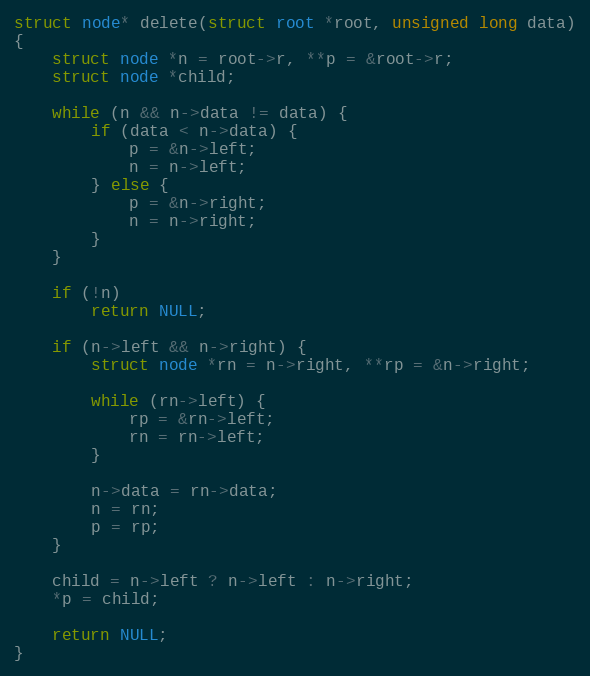
Language: C
struct node* delete(struct root *root, unsigned long data)
{
	struct node *n = root->r, **p = &root->r;
	struct node *child;

	while (n && n->data != data) {
		if (data < n->data) {
			p = &n->left;
			n = n->left;
		} else {
			p = &n->right;
			n = n->right;
		}
	}

	if (!n)
		return NULL;

	if (n->left && n->right) {
		struct node *rn = n->right, **rp = &n->right;

		while (rn->left) {
			rp = &rn->left;
			rn = rn->left;
		}

		n->data = rn->data;
		n = rn;
		p = rp;
	}

	child = n->left ? n->left : n->right;
	*p = child;

	return NULL;
}